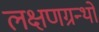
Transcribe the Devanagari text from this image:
लक्षणग्रन्थों